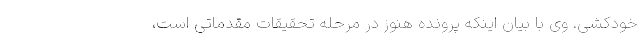
خودکشی. وی با بیان اینکه پرونده هنوز در مرحله تحقیقات مقدماتی است،